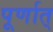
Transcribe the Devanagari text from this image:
पूर्णात्